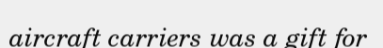
aircraft carriers was a gift for